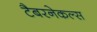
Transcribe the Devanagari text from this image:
टैबरनेकल्स